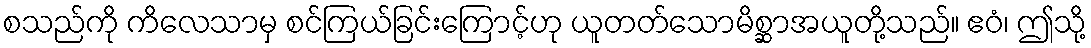
စသည်ကို ကိလေသာမှ စင်ကြယ်ခြင်းကြောင့်ဟု ယူတတ်သောမိစ္ဆာအယူတို့သည်။ ဧဝံ၊ ဤသို့